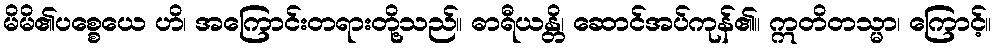
မိမိ၏ပစ္စေယေ ဟိ၊ အကြောင်းတရားတို့သည်။ ဓာရီယန္တိ၊ ဆောင်အပ်ကုန်၏။ ဣတိတသ္မာ၊ ကြောင့်။